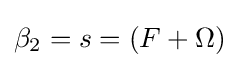
\beta _{2}=s=(F+\Omega )